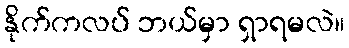
နိုက်ကလပ် ဘယ်မှာ ရှာရမလဲ။